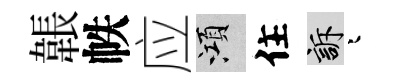
韔帙应澒住訴迢